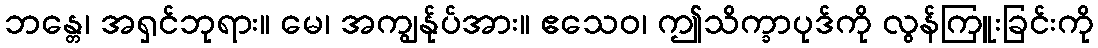
ဘန္တေ၊ အရှင်ဘုရား။ မေ၊ အကျွန်ုပ်အား။ ဧသေဝ၊ ဤသိက္ခာပုဒ်ကို လွန်ကြူးခြင်းကို